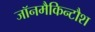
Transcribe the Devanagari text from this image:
जॉनमैकिन्टौश